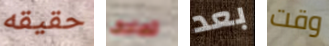
حقيقه تصادف بعد وقت